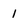
Character: 1